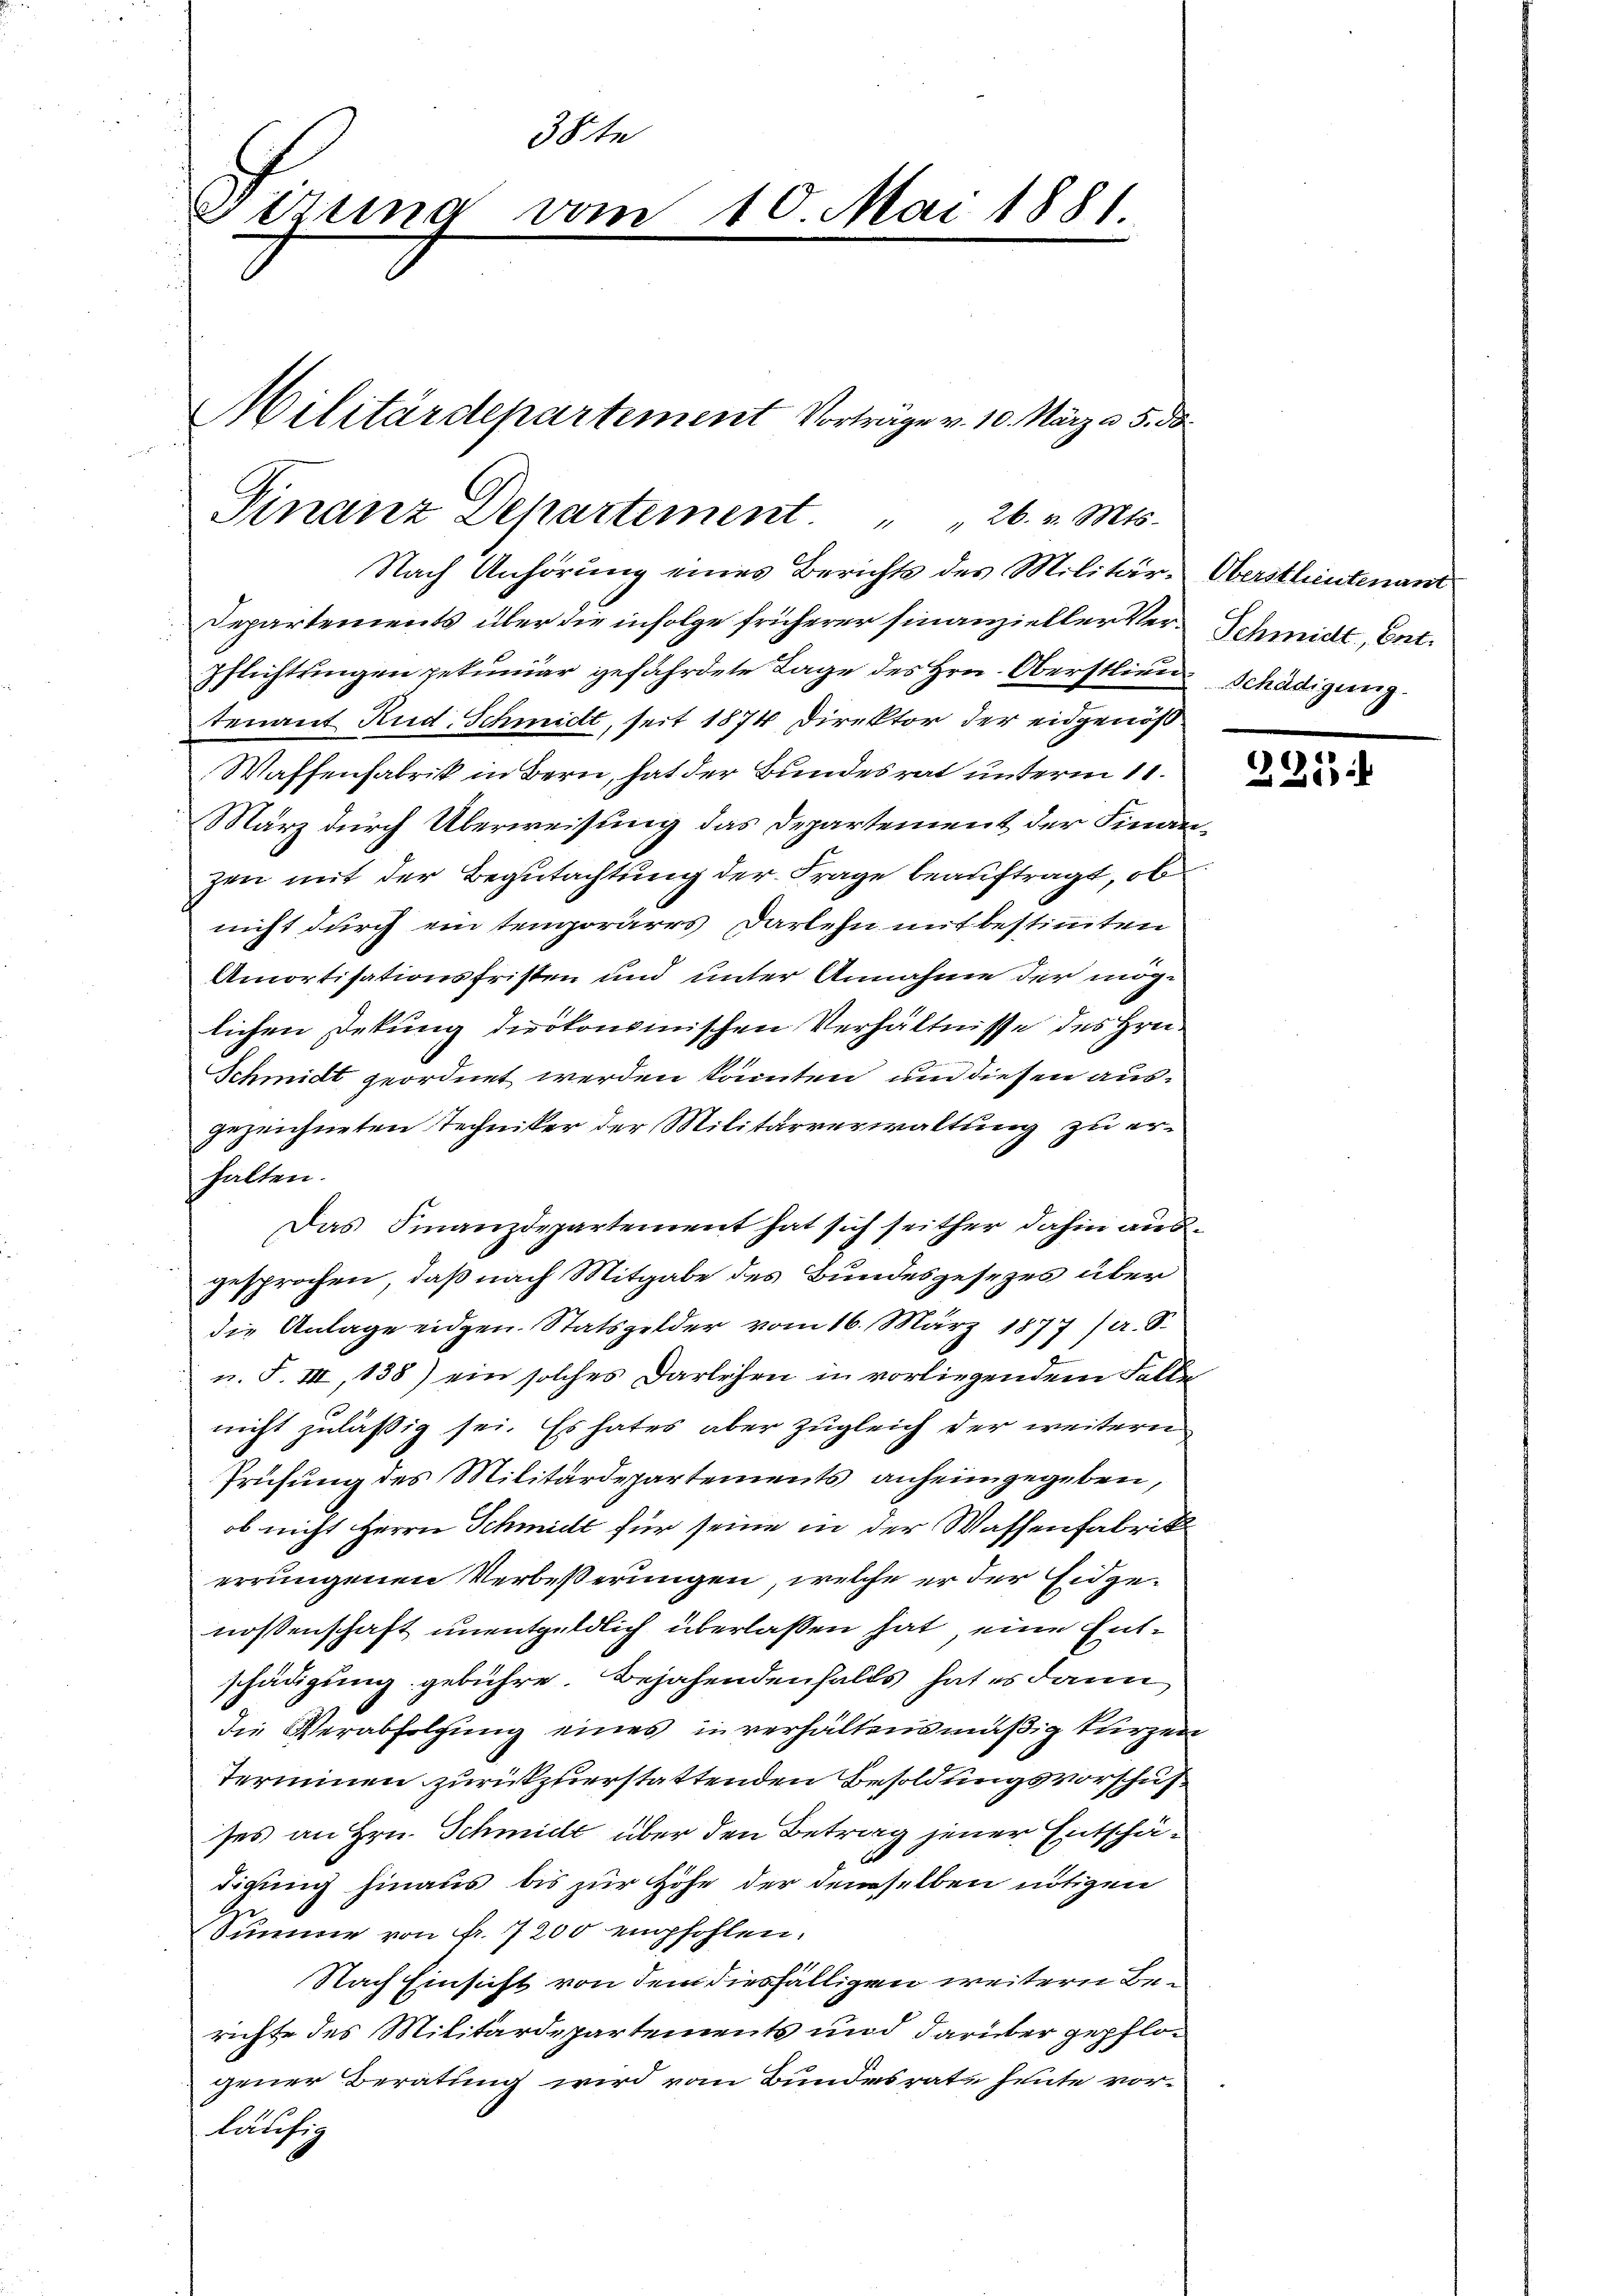
38te
Ditung vom 10. Mai 1881

Militärdepartement Vorträge v. 10. März a. 5. d.
Finanz Departement 26. v. Mts.

Nach Anhörung eines Berichts des Militär-Obersthintenant

Departements über die infolge früherer Finanzieller Ver-Schmidt, Entpflichtungen gekuniär gefährdete Tage des Hrn. Oberstlieu Schädigung
tenant Rud. Schmidt, seit 1874 Direktor der eidgenöß
Waffenfabrik in Bern, hat der Bundesrat unterm 11.
März durch Überweisung das Departement der Finanzen mit der Begutachtung der Frage beauftragt, ob
nicht durch ein temporärrs Darlehn mit bestimmten
Amortisationsfristen und unter Annahme der möglichen Dekung dirokonsinischen Verhältnisse des Hrn.
Schmidt geordnet werden könnten, und diesen ausgezeichneten Techniker der Militärverwaltung zu erhalten.
Das Finanzdepartement hat sich seither dahin ausgesprochen, daß nach Mitgabe des Bundesgesezes über
die Anlage eidgen. Statsgelder vom 16. März 1877 (a. S.
u. F. III, 138) ein solches Darlehen in vorliegendem Fallenicht zuläßig sei. Es hates aber zugleich der weiteren
Prüfung des Militärdepartements anheimgegeben,
ob nicht Herrn Schmidt für seine in der Wassenfabrik
errungenen Verbeßerungen, welche er der Eidgenossenschaft unentgeldlich überlassen hat eine Entschädigung gebühre. Bejahendenfalls hat es dann
die Verabfolgung eines in verhältensmäßig kurzen
Terminen zurückzuerstattenden Besoldungsvorschuf
ses an Hrn. Schmide über den Betrag jener Entschäs
digung hinaus bis zur Höhe der demselben nötigen
Summe von fr. 7200 empfohlen.
Nach Einsicht von dem diesfälligen weitern Berichte des Militärdepartements und darüber gepflor
gener Beratung wird vom Bundesrate heute vorläufig

221.